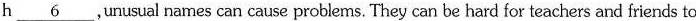
h\underline{6} ,unusual names can cause problems. They can be hard for teachers and friends to